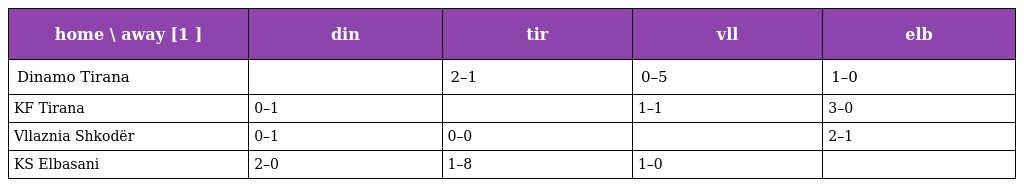
| home \ away [1 ] | din | tir | vll | elb |
 | --- | --- | --- | --- | --- |
 | Dinamo Tirana |  | 2–1 | 0–5 | 1–0 |
 | KF Tirana | 0–1 |  | 1–1 | 3–0 |
 | Vllaznia Shkodër | 0–1 | 0–0 |  | 2–1 |
 | KS Elbasani | 2–0 | 1–8 | 1–0 |  |